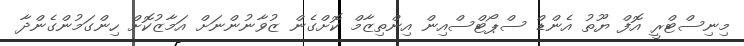
މިނިސްޓްރީ އޮފް ޔޫތު އެންޑް ސްޕޯޓްސްއިން އިންތިޒާމް ކޮށްގެން ޒުވާނުންނަށް އަމާޒުކޮށް ހިންގަމުންގެންދާ